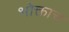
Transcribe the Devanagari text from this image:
भोक्ताच